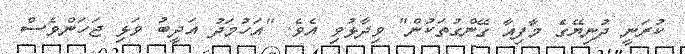
ކުރަނީ ދުނިޔޭގެ މާފިއާ ގޭންގުތަކުން" ވިދާޅުވި އެވެ. "އަހުމަދު އަދީބު ވަޅި ޖަހަންވެސް